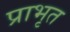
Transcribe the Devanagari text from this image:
प्राभृत